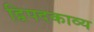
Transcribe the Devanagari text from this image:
द्विपदकाव्य